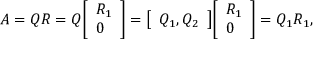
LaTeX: A = Q R = Q { \left[ \begin{array} { l } { R _ { 1 } } \\ { 0 } \end{array} \right] } = { \left[ \begin{array} { l } { Q _ { 1 } , Q _ { 2 } } \end{array} \right] } { \left[ \begin{array} { l } { R _ { 1 } } \\ { 0 } \end{array} \right] } = Q _ { 1 } R _ { 1 } ,